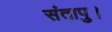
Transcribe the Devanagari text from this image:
संतापु।